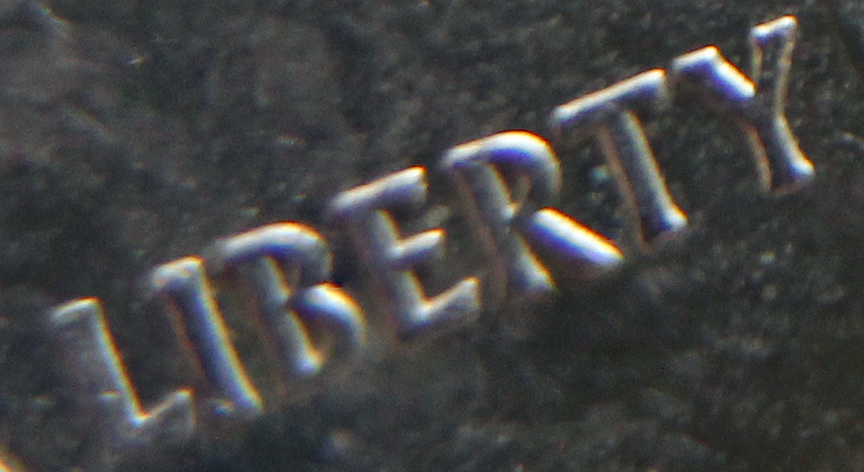
LIBERTY